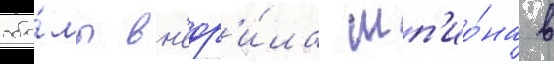
оба́мы вн'едр'и́ла шп'ио́на в